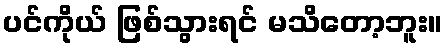
ပင်ကိုယ် ဖြစ်သွားရင် မသိတော့ဘူး။